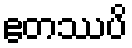
ဧတဿပိ